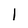
Character: 1